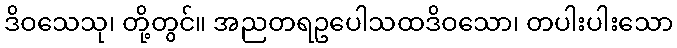
ဒိဝသေသု၊ တို့တွင်။ အညတရဥပေါသထဒိဝသော၊ တပါးပါးသော